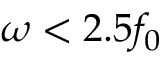
\omega < 2 . 5 f _ { 0 }